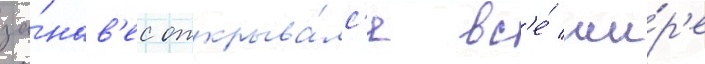
за́нав'ес открыва́лс'я вс'е́ ши́р'е